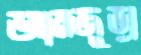
আমজুড়া